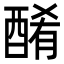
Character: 𨡜